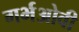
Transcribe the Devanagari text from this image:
गर्भओवी